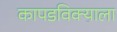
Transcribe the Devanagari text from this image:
कापडविक्याला